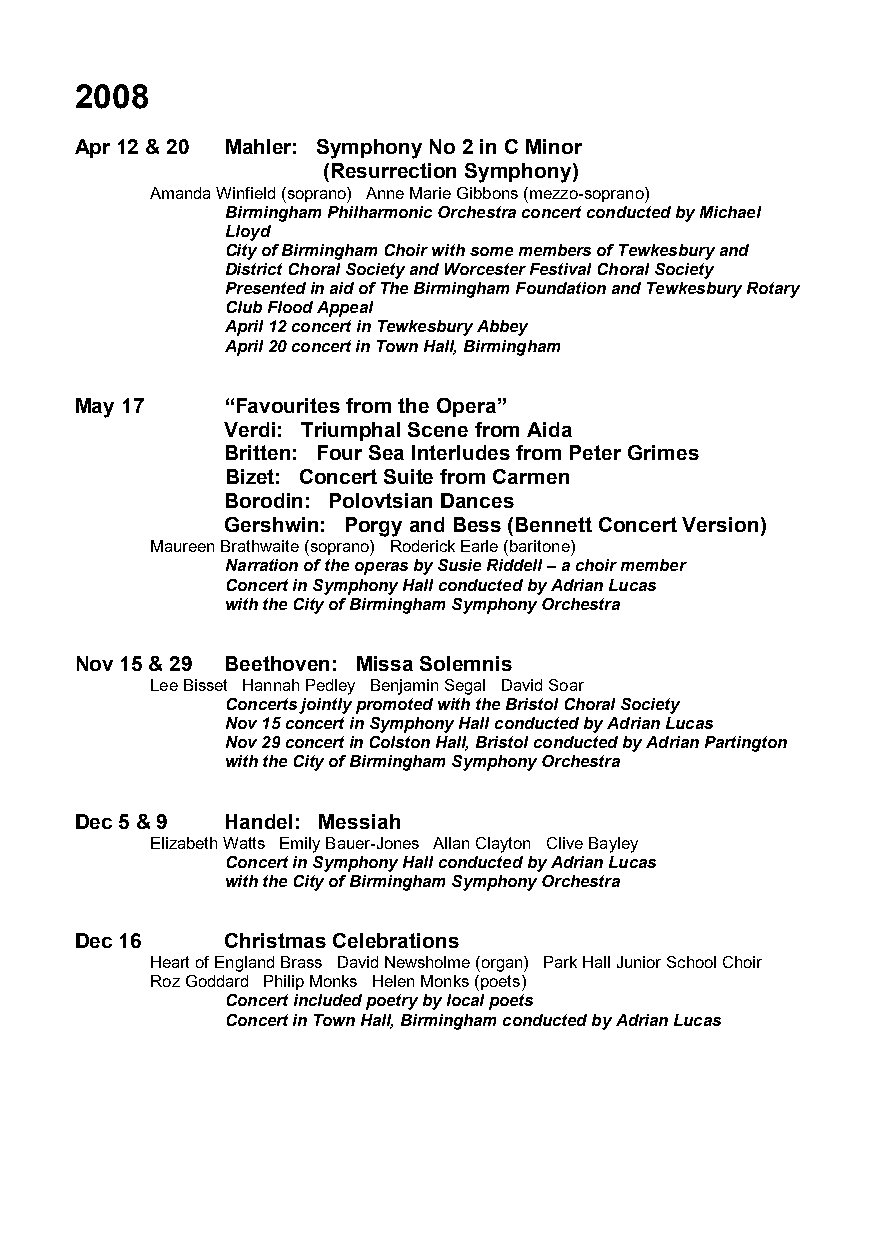
2008
 Apr 12 & 20 Mahler: Symphony No 2 in C Minor
 (Resurrection Symphony)
 Amanda Winfield (soprano) Anne Marie Gibbons (mezzo-soprano)
 Birmingham Philharmonic Orchestra concert conducted by Michael
 Lloyd
 City of Birmingham Choir with some members of Tewkesbury and
 District Choral Society and Worcester Festival Choral Society
 Presented in aid of The Birmingham Foundation and Tewkesbury Rotary
 Club Flood Appeal
 April 12 concert in Tewkesbury Abbey
 April 20 concert in Town Hall, Birmingham
 May 17    “Favourites from the Opera”
 Verdi: Triumphal Scene from Aida
 Britten: Four Sea Interludes from Peter Grimes
 Bizet: Concert Suite from Carmen
 Borodin: Polovtsian Dances
 Gershwin: Porgy and Bess (Bennett Concert Version)
 Maureen Brathwaite (soprano) Roderick Earle (baritone)
 Narration of the operas by Susie Riddell – a choir member
 Concert in Symphony Hall conducted by Adrian Lucas
 with the City of Birmingham Symphony Orchestra
 Nov 15 & 29 Beethoven: Missa Solemnis
 Lee Bisset Hannah Pedley Benjamin Segal David Soar
 Concerts jointly promoted with the Bristol Choral Society
 Nov 15 concert in Symphony Hall conducted by Adrian Lucas
 Nov 29 concert in Colston Hall, Bristol conducted by Adrian Partington
 with the City of Birmingham Symphony Orchestra
 Dec 5 & 9 Handel: Messiah
 Elizabeth Watts Emily Bauer-Jones Allan Clayton Clive Bayley
 Concert in Symphony Hall conducted by Adrian Lucas
 with the City of Birmingham Symphony Orchestra
 Dec 16    Christmas Celebrations
 Heart of England Brass David Newsholme (organ) Park Hall Junior School Choir
 Roz Goddard Philip Monks Helen Monks (poets)
 Concert included poetry by local poets
 Concert in Town Hall, Birmingham conducted by Adrian Lucas